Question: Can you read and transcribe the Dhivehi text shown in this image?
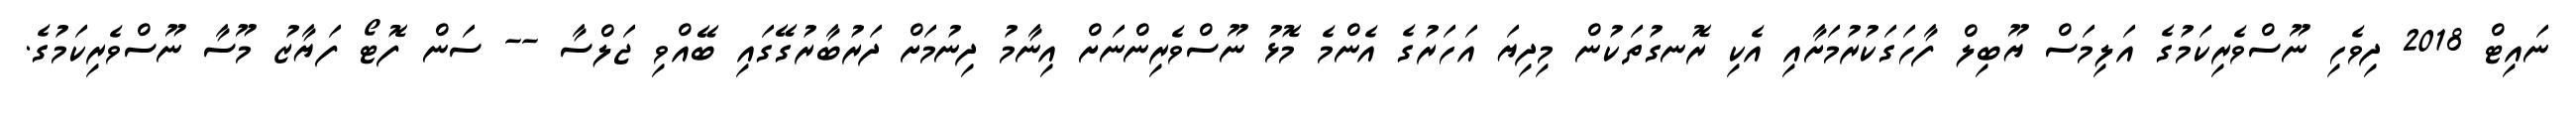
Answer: ނައިޓް 2018 ދިވެހި ނޫސްވެރިކަމުގެ އަލިމަސް ޔޫބިލް ފާހަގަކުރުމަށާއި އެކި ރޮނގުތަކުން މިދިޔަ އަހަރުގެ އެންމެ މޮޅު ނޫސްވެރިންނަށް އިނާމު ދިނުމަށް ދަރުބާރުގޭގައި ބޭއްވި ޖަލްސާ -- ސަން ފޮޓޯ ފަޔާޒު މޫސާ ނޫސްވެރިކަމުގެ.